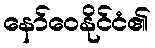
နော်ဝေနိုင်ငံ၏